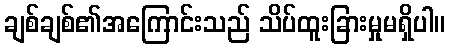
ချစ်ချစ်၏အကြောင်းသည် သိပ်ထူးခြားမှုမရှိပါ။